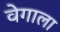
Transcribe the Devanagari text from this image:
वेगाला